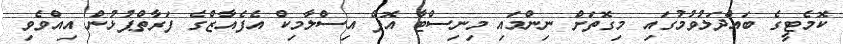
ކޮމެޓީގެ ބައްދަލުވުމުގައި މިގޮތަށް ނިންމައި މިނިސްޓާ އޮފް އިސްލާމިކް އެފެއާޒްގެ ފަރާތްޕުޅުން އިއްވެވި